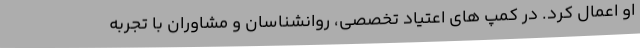
او اعمال کرد. در کمپ های اعتیاد تخصصی، روانشناسان و مشاوران با تجربه